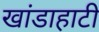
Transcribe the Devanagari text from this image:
खांडाहाटी